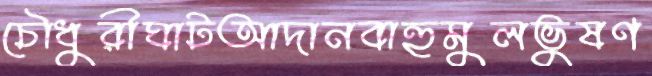
চৌধুরীঘাটআদানবাহুমুলভুষণ